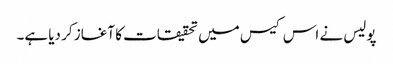
پولیس نے اس کیس میں تحقیقات کا آغاز کر دیا ہے۔